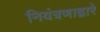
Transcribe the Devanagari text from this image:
नियंत्रणाद्वारे